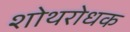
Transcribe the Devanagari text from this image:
शोथरोधक